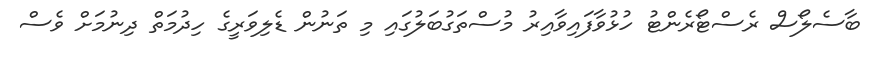
ބާސެލޯސް ރެސްޓޯރެންޓު ހުޅުވާފައިވާއިރު މުސްތަގުބަލުގައި މި ތަނުން ޑެލިވަރީގެ ހިދުމަތް ދިނުމަށް ވެސް